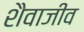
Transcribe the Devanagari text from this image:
शैवाजीव